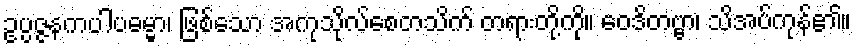
ဥပ္ပဇ္ဇနကပါပဓမ္မာ၊ ဖြစ်သော အကုသိုလ်စေတသိက် တရားတို့ကို။ ဝေဒိတဗ္ဗာ၊ သိအပ်ကုန်၏။